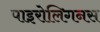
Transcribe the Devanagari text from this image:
पाइरोलिगनस